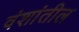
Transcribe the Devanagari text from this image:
वंशांतील